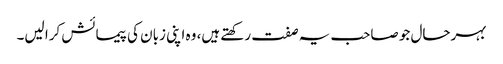
بہرحال جو صاحب یہ صفت رکھتے ہیں، وہ اپنی زبان کی پیمائش کرا لیں۔